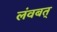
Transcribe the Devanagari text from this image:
लंवबत्‌